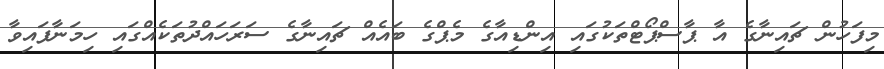
މިފަހުން ޗައިނާގެ އާ ޕާސްޕޯޓްތަކުގައި އިންޑިއާގެ މެޕްގެ ބައެއް ޗައިނާގެ ސަރަހައްދުތަކެއްގައި ހިމަނާފައިވާ